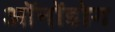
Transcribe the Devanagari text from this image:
ऑनोंडोग